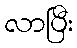
လာပြီး